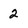
Character: 2